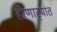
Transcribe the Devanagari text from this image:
होणार्‍यांत